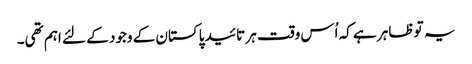
یہ تو ظاہر ہے کہ اُس وقت ہر تائید پاکستان کے وجود کے لئے اہم تھی۔